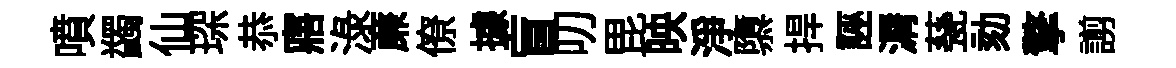
噴蠲仙琛恭寤渌亷僚據盲叨毘映淨隳捍誣漘甆劾擎謭